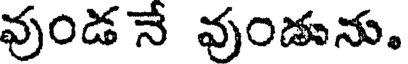
వుండ నే వుండును.